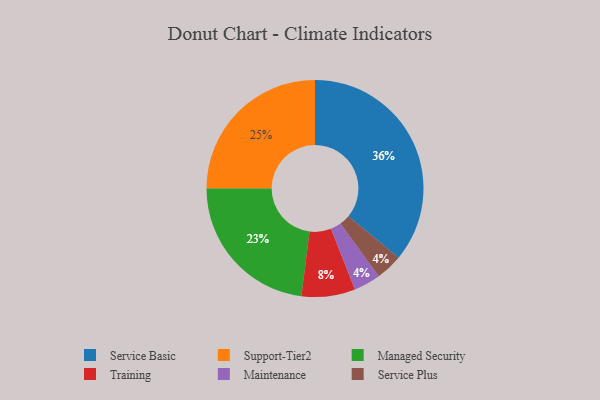
{"axis": {"x": "Category", "y": "Percentage"}, "legend": ["Maintenance", "Managed Security", "Service Basic", "Service Plus", "Support-Tier2", "Training"], "data": [{"x": "Managed Security", "y": 23, "type": "Managed Security"}, {"x": "Maintenance", "y": 4, "type": "Maintenance"}, {"x": "Support-Tier2", "y": 25, "type": "Support-Tier2"}, {"x": "Training", "y": 8, "type": "Training"}, {"x": "Service Plus", "y": 4, "type": "Service Plus"}, {"x": "Service Basic", "y": 36, "type": "Service Basic"}]}